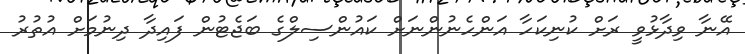
އޭނާ ވިދާޅުވީ ރަށް ކުނިކަހާ އަންހެނުންނަށް ކައުންސިލްގެ ބަޖެޓުން ފައިދާ ދިނުމަށް އުތުރު